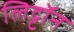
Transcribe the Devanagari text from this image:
लिट्टॉन